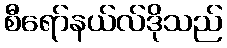
စီရော်နယ်လ်ဒိုသည်